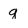
Character: g